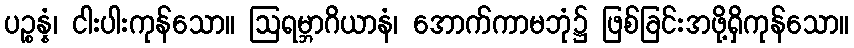
ပဉ္စန္နံ၊ ငါးပါးကုန်သော။ ဩရမ္ဘာဂိယာနံ၊ အောက်ကာမဘုံ၌ ဖြစ်ခြင်းအဖို့ရှိကုန်သော။